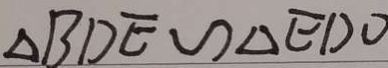
\Delta B D E \sim \Delta E D O